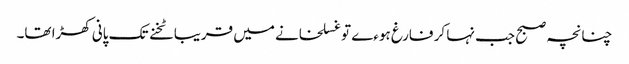
چنانچہ صبح جب نہا کر فارغ ہوءے تو غسلخانے میں قریبا ٹخنے تک پانی کھڑا تھا۔